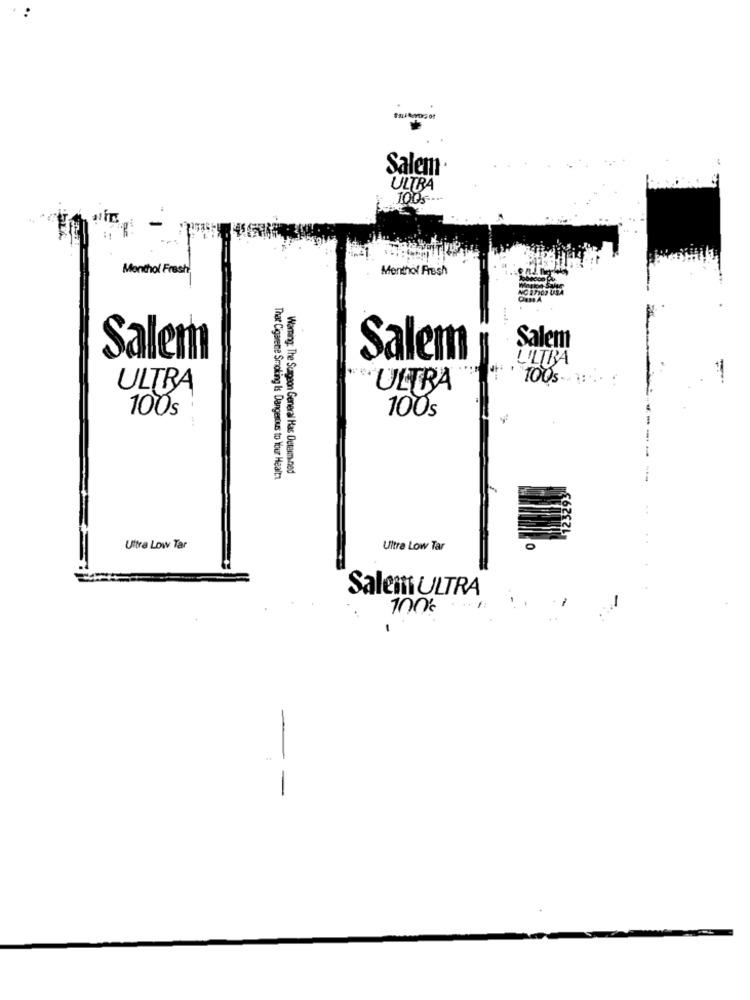
Salem
ULTRA
100.
Monthol Fresh
Menthol Fresh
.....
Salem
Salem
Salem
ULTRA
1005-1:
ULTRA
ULTRA
100s
100s
Warning: The Surgeon General Has Determined
That Cigarette Smoking Is Dangerous to Your Health
Ultra Low Tar
Ultra Low Tar
Salem ULTRA
100%
-
= =